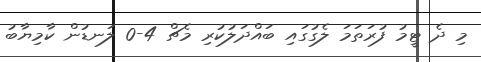
މި ދެ ޓީމު ފުރަތަމަ ލެގުގައި ބައްދަލުކުރި މެޗް 4-0 ލަނޑުން ކާމިޔާބު